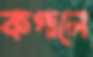
কপালে